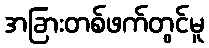
အခြားတစ်ဖက်တွင်မူ